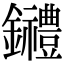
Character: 𨰋